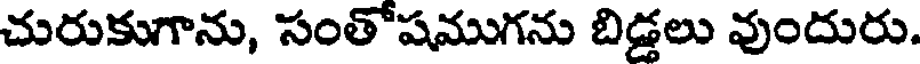
చురుకుగాను, సంతోషముగను బిడ్డలు వుందురు.